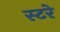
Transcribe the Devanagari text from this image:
स्टरे